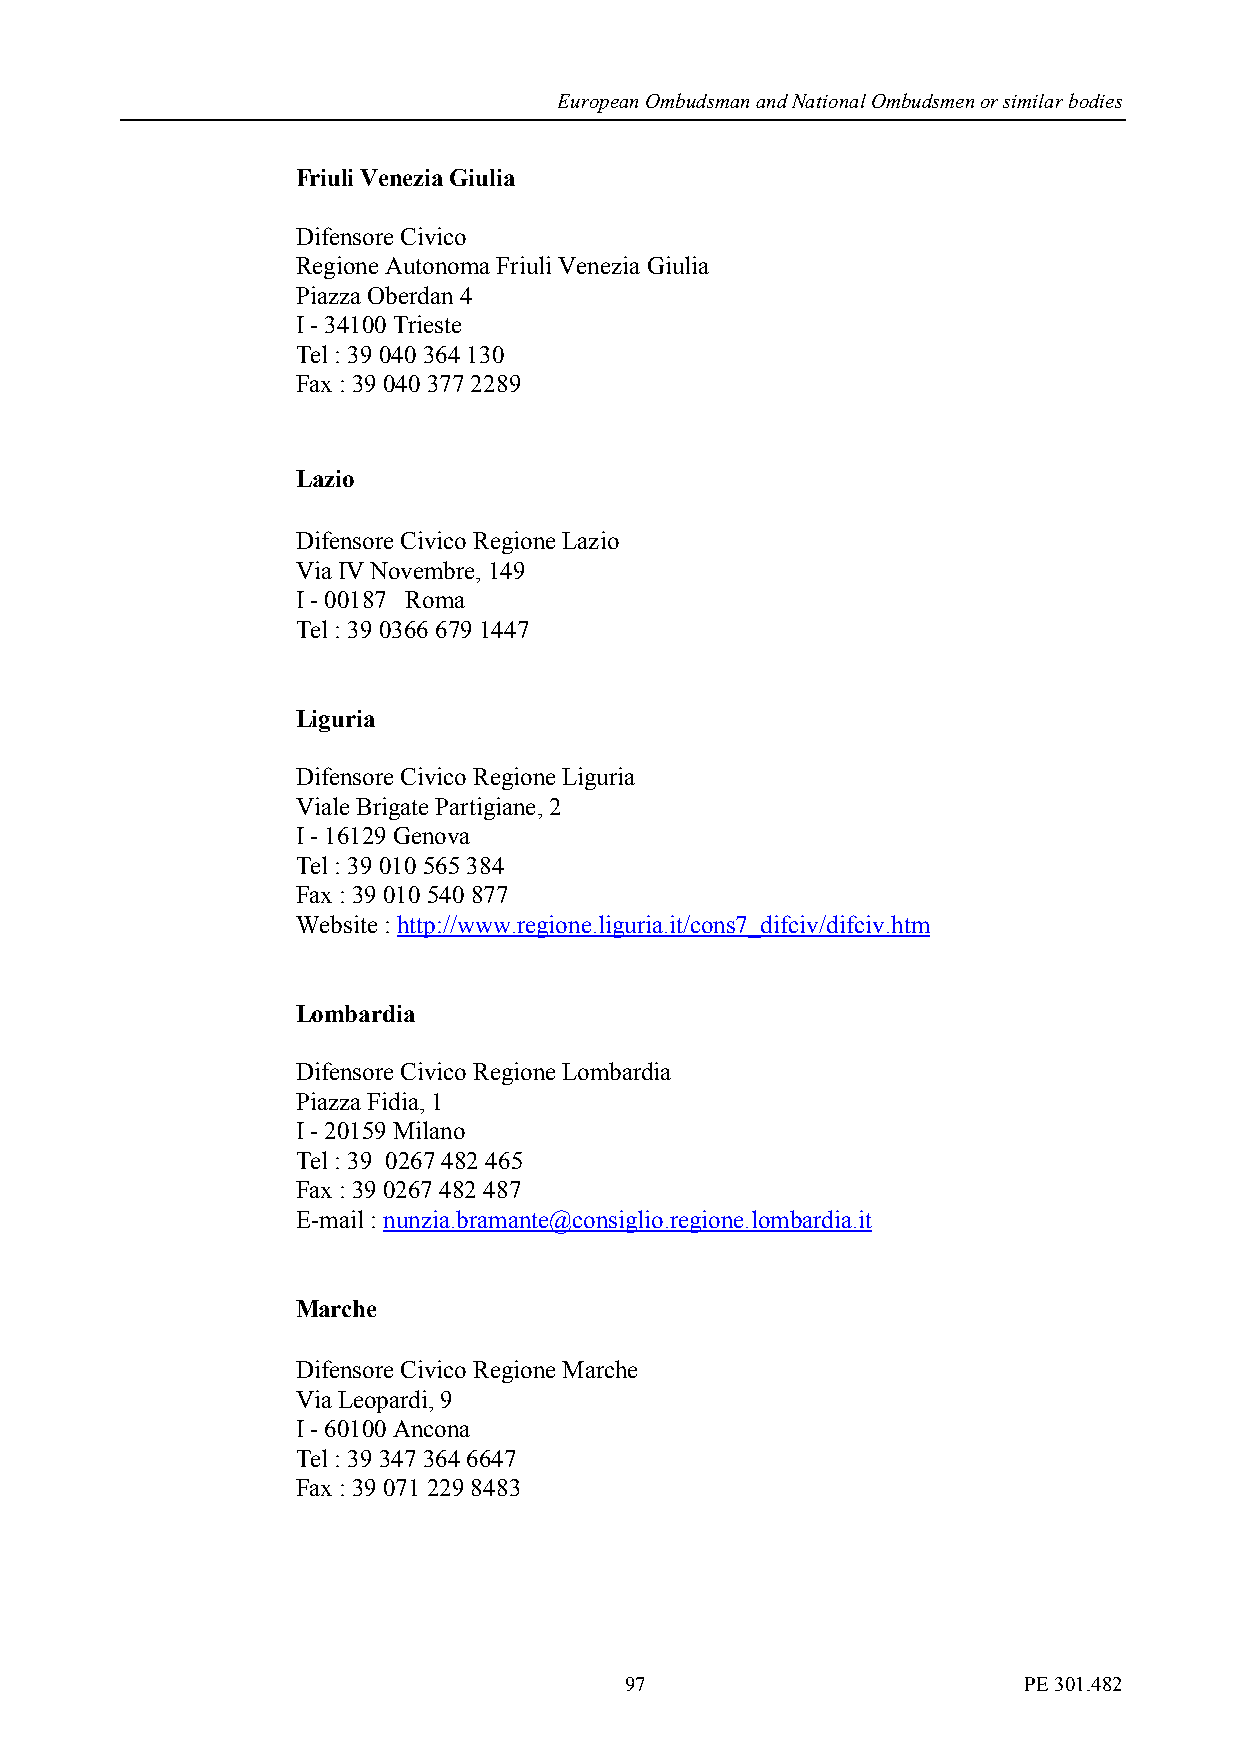
European Ombudsman and National Ombudsmen or similar bodies
 Friuli Venezia Giulia
 Difensore Civico
 Regione Autonoma Friuli Venezia Giulia
 Piazza Oberdan 4
 I - 34100 Trieste
 Tel : 39 040 364 130
 Fax : 39 040 377 2289
 Lazio
 Difensore Civico Regione Lazio
 Via IV Novembre, 149
 I - 00187 Roma
 Tel : 39 0366 679 1447
 Liguria
 Difensore Civico Regione Liguria
 Viale Brigate Partigiane, 2
 I - 16129 Genova
 Tel : 39 010 565 384
 Fax : 39 010 540 877
 Website : http://www.regione.liguria.it/cons7_difciv/difciv.htm
 Lombardia
 Difensore Civico Regione Lombardia
 Piazza Fidia, 1
 I - 20159 Milano
 Tel : 39 0267 482 465
 Fax : 39 0267 482 487
 E-mail : nunzia.bramante@consiglio.regione.lombardia.it
 Marche
 Difensore Civico Regione Marche
 Via Leopardi, 9
 I - 60100 Ancona
 Tel : 39 347 364 6647
 Fax : 39 071 229 8483
 97                         PE 301.482